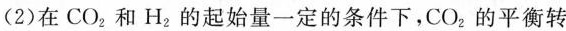
(2)在CO_{2}和H_{2}的起始量一定的条件下，CO_{2}的平衡转